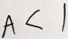
A < 1